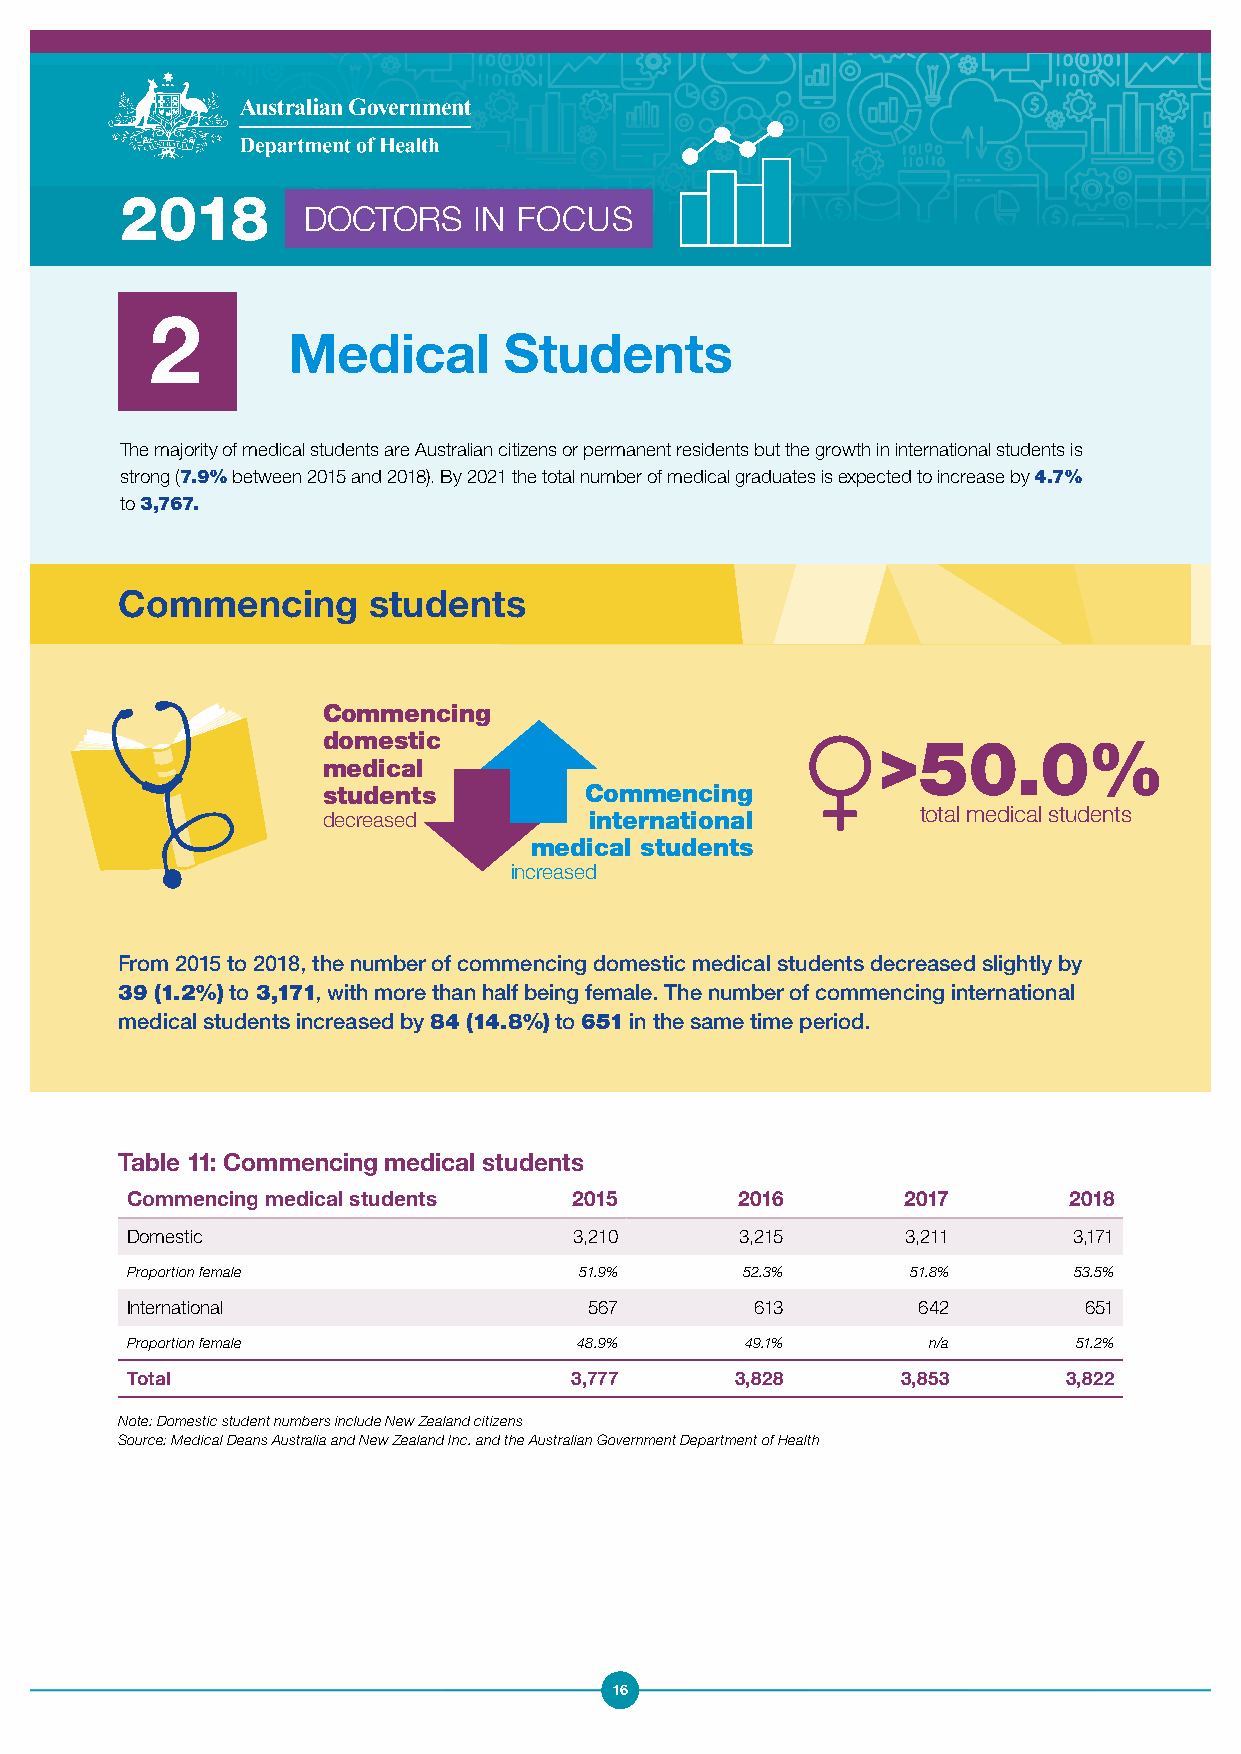
2018
 DOCTORS    IN FOCUS
 2
 Medical       Students
 The majority of medical students are Australian citizens or permanent residents but the growth in international students is
 strong (7.9% between 2015 and 2018). By 2021 the total number of medical graduates is expected to increase by 4.7%
 to 3,767.
 Commencing      students
 Commencing
 domestic                             >50.0%
 medical
 students          Commencing
 decreased         international         total medical students
 medical students
 increased
 From 2015 to 2018, the number of commencing domestic medical students decreased slightly by
 39 (1.2%) to 3,171, with more than half being female. The number of commencing international
 medical students increased by 84 (14.8%) to 651 in the same time period.
 Table 11: Commencing medical students
 Commencing medical students   2015       2016       2017       2018
 Domestic                      3,210      3,215      3,211      3,171
 Proportion female             51.9%      52.3%      51.8%      53.5%
 International                  567        613        642        651
 Proportion female             48.9%      49.1%       n/a       51.2%
 Total                         3,777      3,828      3,853      3,822
 Note: Domestic student numbers include New Zealand citizens
 Source: Medical Deans Australia and New Zealand Inc. and the Australian Government Department of Health
 16